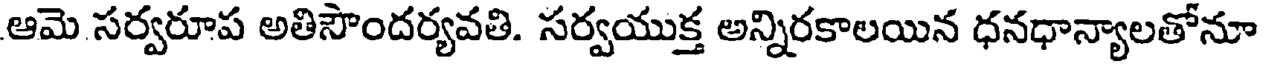
ఆమె సర్వరూప అతిసౌందర్యవతి. సర్వయుక్త అన్నిరకాలయిన ధనధాన్యాలతోనూ